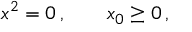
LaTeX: x ^ { 2 } = 0 \, , \; \; \; \; \; \; \; x _ { 0 } \geq 0 \, ,